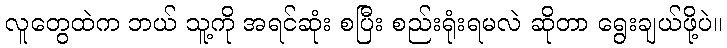
လူတွေထဲက ဘယ် သူ့ကို အရင်ဆုံး စပြီး စည်းရုံးရမလဲ ဆိုတာ ရွေးချယ်ဖို့ပဲ။